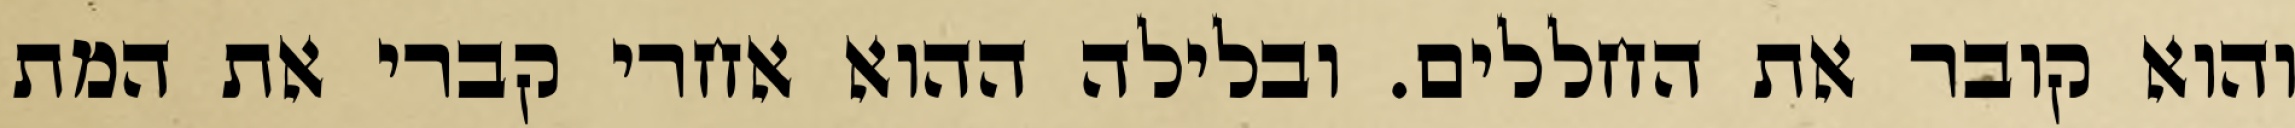
והוא קובר את החללים. ובלילה ההוא אחרי קברי את המת